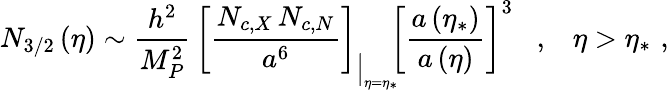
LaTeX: N_{3/2}\left(\eta\right)\sim\frac{h^{2}}{M_{P}^{2}}\, \left[\frac{N_{c,X}\, N_{c,N}}{a^{6}}\right]_{\Big\vert_{\eta=\eta_{*}}}\! \! \left[\frac{a\left(\eta_{*}\right)}{a\left(\eta\right)}\right]^{3}\; \; \; ,\; \; \; \eta>\eta_{*}\, \, ,